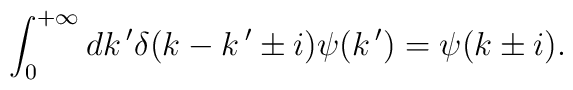
\int_0^{+\infty} dk\,'\delta(k-k\,'\pm i)\psi (k\,')=\psi (k\pm i).